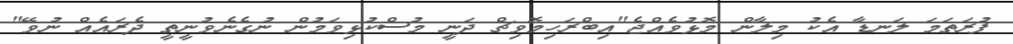
ފުރަތަމަ ލަނޑާ އެކު މިލާން މޮޅުވެއްޖެ"އިބްރަހިމޮވިޗް ދަނީ މުސްކުޅިވަމުން ނުގެނެވުނީތީ ދެރައެއް ނުވޭ"